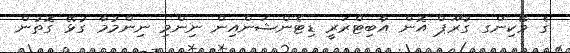
ގެ ވޯކިންގ ގުރޫޕް އޮން އާބިޓްރަރީ ޑިޓެންޝަންއިން ނިންމި ނިންމުމާ ގުޅޭ ގޮތުން